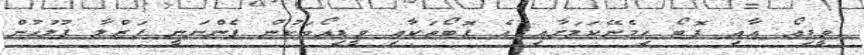
ވީޑިއޯ އާއި ފޮޓޯ ހިމެނޭކަމަށާއި އެ ފޮޓޯތަކާއި ވީޑިއޯތަކުން ފެންނަނީ ފަޒްލާ ފުލުހުން